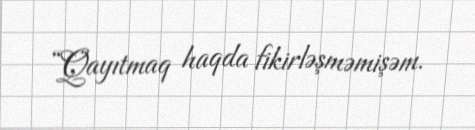
“Qayıtmaq haqda fikirləşməmişəm.